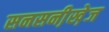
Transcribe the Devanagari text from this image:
सनसनी़खे़ज